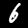
Label: 6